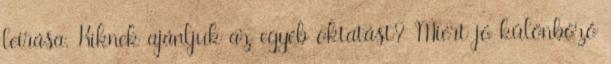
leírása. Kiknek ajánljuk az egyéb oktatást? Miért jó különböző